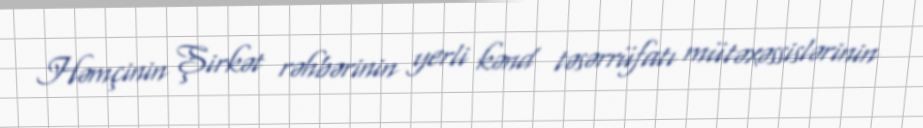
Həmçinin Şirkət rəhbərinin yerli kənd təsərrüfatı mütəxəssislərinin